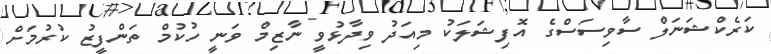
ކަރެކްޝަނަލް ސާވިސަސްގެ އޮފިޝަލަކު މިއަދު ވިދާޅުވީ ނާޒިމް ވަނީ ހުކުމް ތަންފީޒު ކުރުމަށް